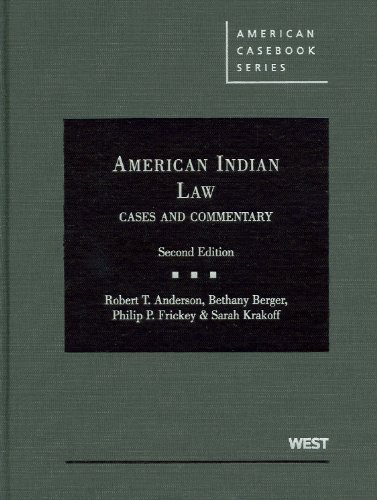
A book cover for American Indian Law, Cases and Commentary (American Casebook Series); Robert Anderson; Law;